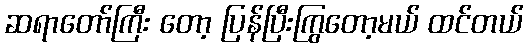
ဆရာတော်ကြီး တော့ ပြန်ပြီးကြွတော့မယ် ထင်တယ်